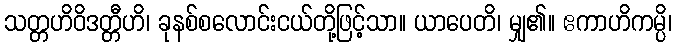
သတ္တဟိဝိဒတ္တီဟိ၊ ခုနစ်စလောင်းငယ်တို့ဖြင့်သာ။ ယာပေတိ၊ မျှ၏။ ဧကာဟိကမ္ပိ၊